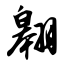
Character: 翱